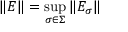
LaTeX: \| E \| = \operatorname* { s u p } _ { \sigma \in \Sigma } \left\| E _ { \sigma } \right\|